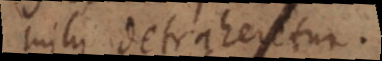
mihi detraheretur.